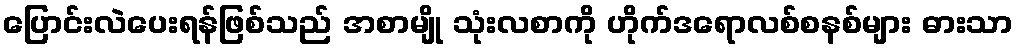
ပြောင်းလဲပေးရန်ဖြစ်သည် အစာမျို သုံးလစာကို ဟိုက်ဒရောလစ်စနစ်များ ဓားသာ